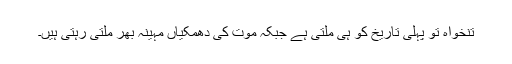
تنخواہ تو پہلی تاریخ کو ہی ملتی ہے جبکہ موت کی دھمکیاں مہینہ بھر ملتی رہتی ہیں۔